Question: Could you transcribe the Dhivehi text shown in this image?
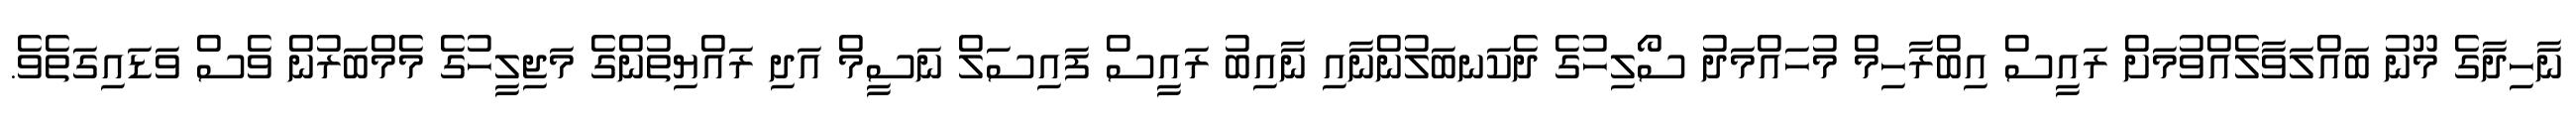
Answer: ނާހިދާގެ މޫނު ބައްލަވާލެއްވުމަށް ރައީސް އިބްރާހިމް މުހައްމަދު ސޯލިހުގެ ދެކަނބަލުންނާއި ނާއިބު ރައީސް ފައިސަލް ނަސީމް އަދި ރައްޔިތުންގެ މަޖިލީހުގެ މެމްބަރުން ވެސް ވަޑައިގަތެވެ.